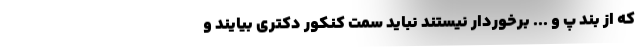
که از بند پ و ... برخوردار نیستند نباید سمت کنکور دکتری بیایند و